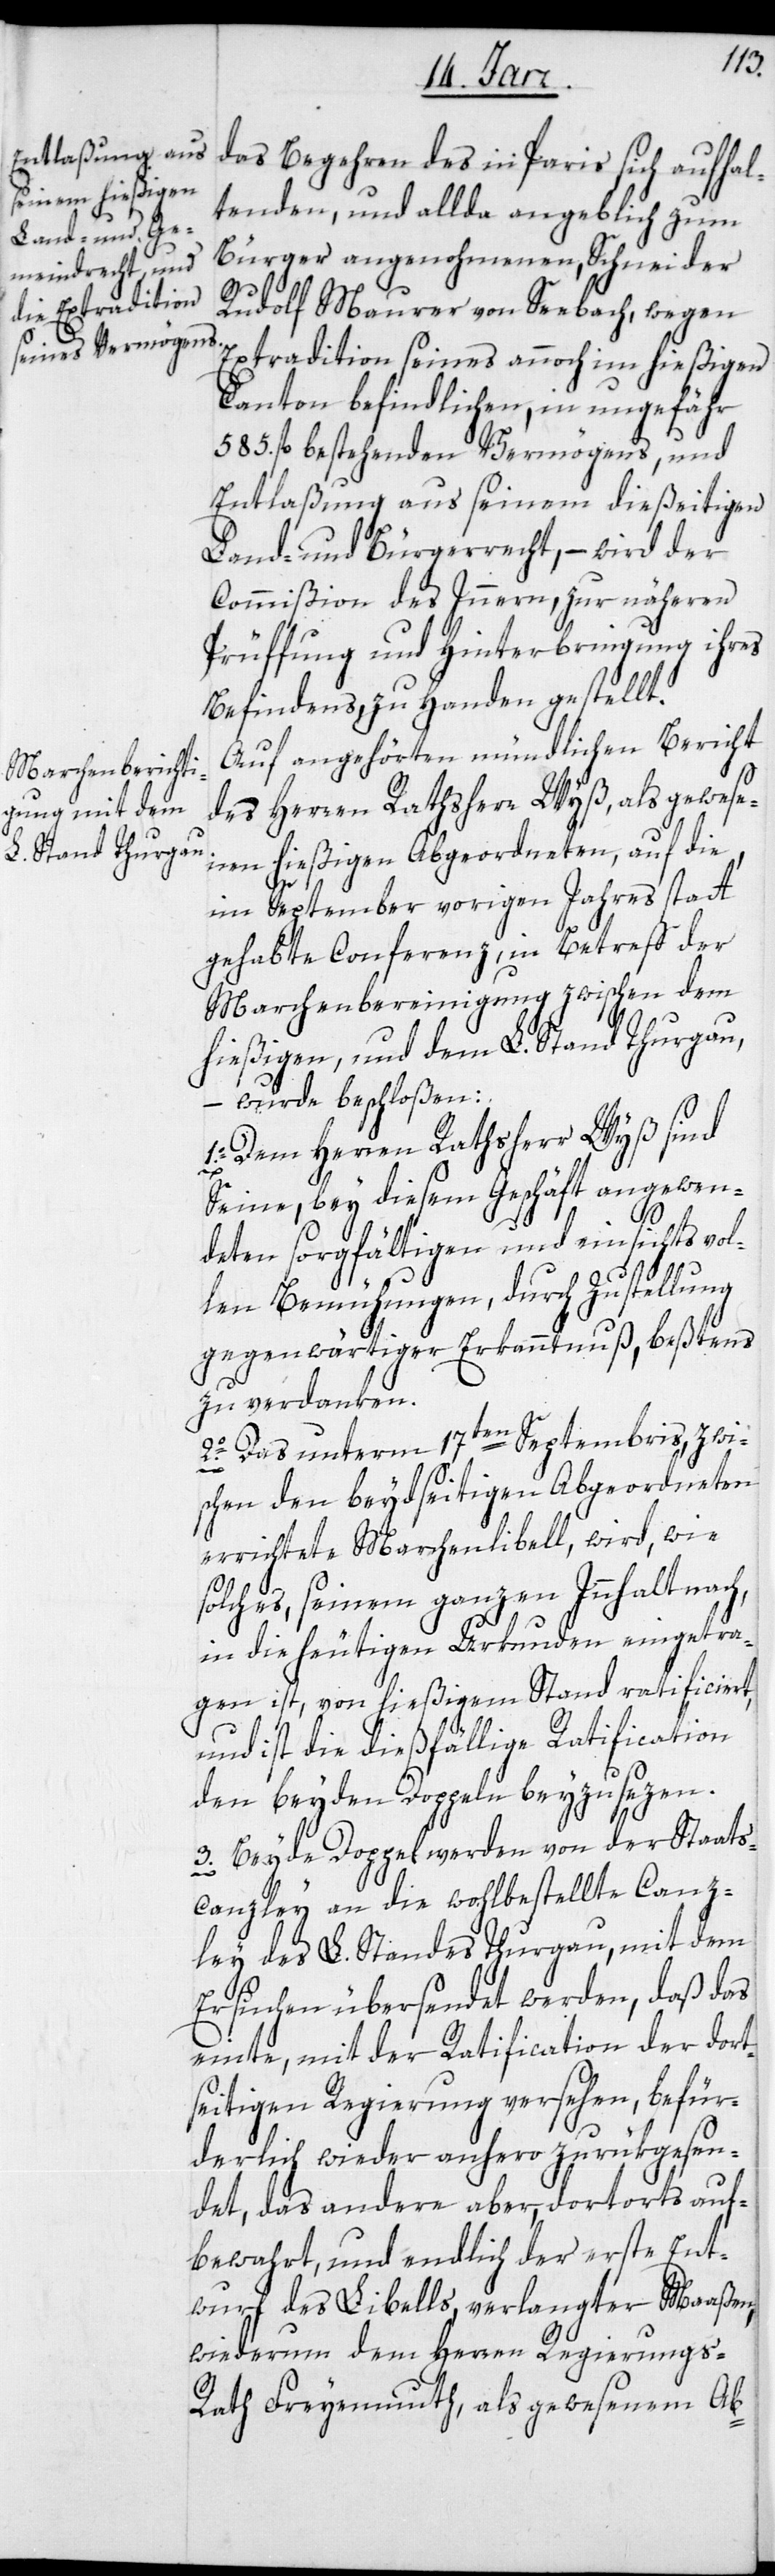
das Begehren des in Paris sich aufhal¬
tenden, und allda angeblich zum
Bürger angenommenen Schneider
Rudolf Maurer von Seebach, wegen
Extradition seines annoch im hießigen
Canton befindlichen, in ungefähr
585 fl. bestehenden Vermögens, und
Entlaßung aus seinem dießeitigen
Land- und Bürgerrecht, – wird der
Commißion des Inneren zur näheren
Prüffung und Hinterbringung ihres
Befindens zu Handen gestellt.
Auf angehörten mündlichen Bericht
des Herren Rathsherrn Wyß, als gewese¬
nen hießigen Abgeordneten, auf die,
im September vorigen Jahres statt
gehabte Conferenz, in Betreff der
Marchenbereinigung zwischen dem
hießigen und dem L. Stand Thurgau,
wurde beschloßen:
1o. Dem Herren Rathsherr Wyß sind
Seine, bey diesem Geschäft angewen¬
deten sorgfältigen und einsichtsvol¬
len Bemühungen, durch Zustellung
gegenwärtiger Erkanntnuß, beßtens
zu verdanken.
2o. Das unterm 17ten Septembris, zwi¬
schen den beydseitigen Abgeordneten
errichtete Marchenlibell, wird, wie
solches seinem ganzen Innhalt nach,
in die heutigen Urkunden eingetra¬
gen ist, von hießigem Stand ratificiert,
und ist die dießfällige Ratification
den beyden Doppeln beyzusezen.
3. Beyde Doppel werden von der Staats¬
canzley an die wohlbestellte Canz¬
ley des L. Standes Thurgau, mit dem
Ersuchen übersendet werden, daß das
einte, mit der Ratification der dort¬
seitigen Regierung versehen, befür¬
derlich wieder anhero zurükgesen¬
det, das andere aber, dortorts auf¬
bewahrt, und endlich der erste Ent¬
wurf des Libells, verlangter Maaßen,
wiederum dem Herren Regierungs-R¬
ath Freyenmuth, als gewesenem Ab-